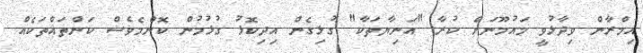
އިމްރާން ވިދާޅުވީ މައުމޫނަށް ކުރާ "އަނިޔާތަކާ" ގުޅިގެން އިދިކޮޅު ގުޅުމުން ކޮންމެވެސް ކަންތައްތަކެއް